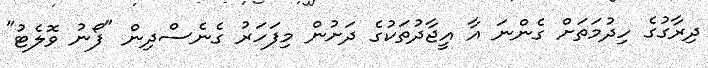
ދިިރާގުގެ ހިދުމަތަށް ގެންނަ އާ އީޖާދުތަކުގެ ދަށުން މިފަހަރު ގެނެސްދިން "ފޯނު ވޮލެޓު"